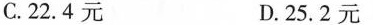
C.22.4元 D.25.2元